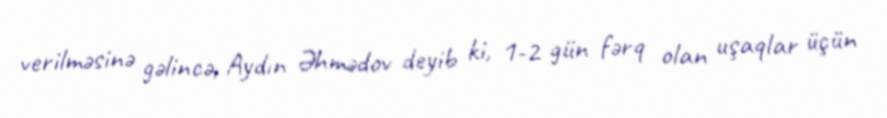
verilməsinə gəlincə, Aydın Əhmədov deyib ki, 1-2 gün fərq olan uşaqlar üçün